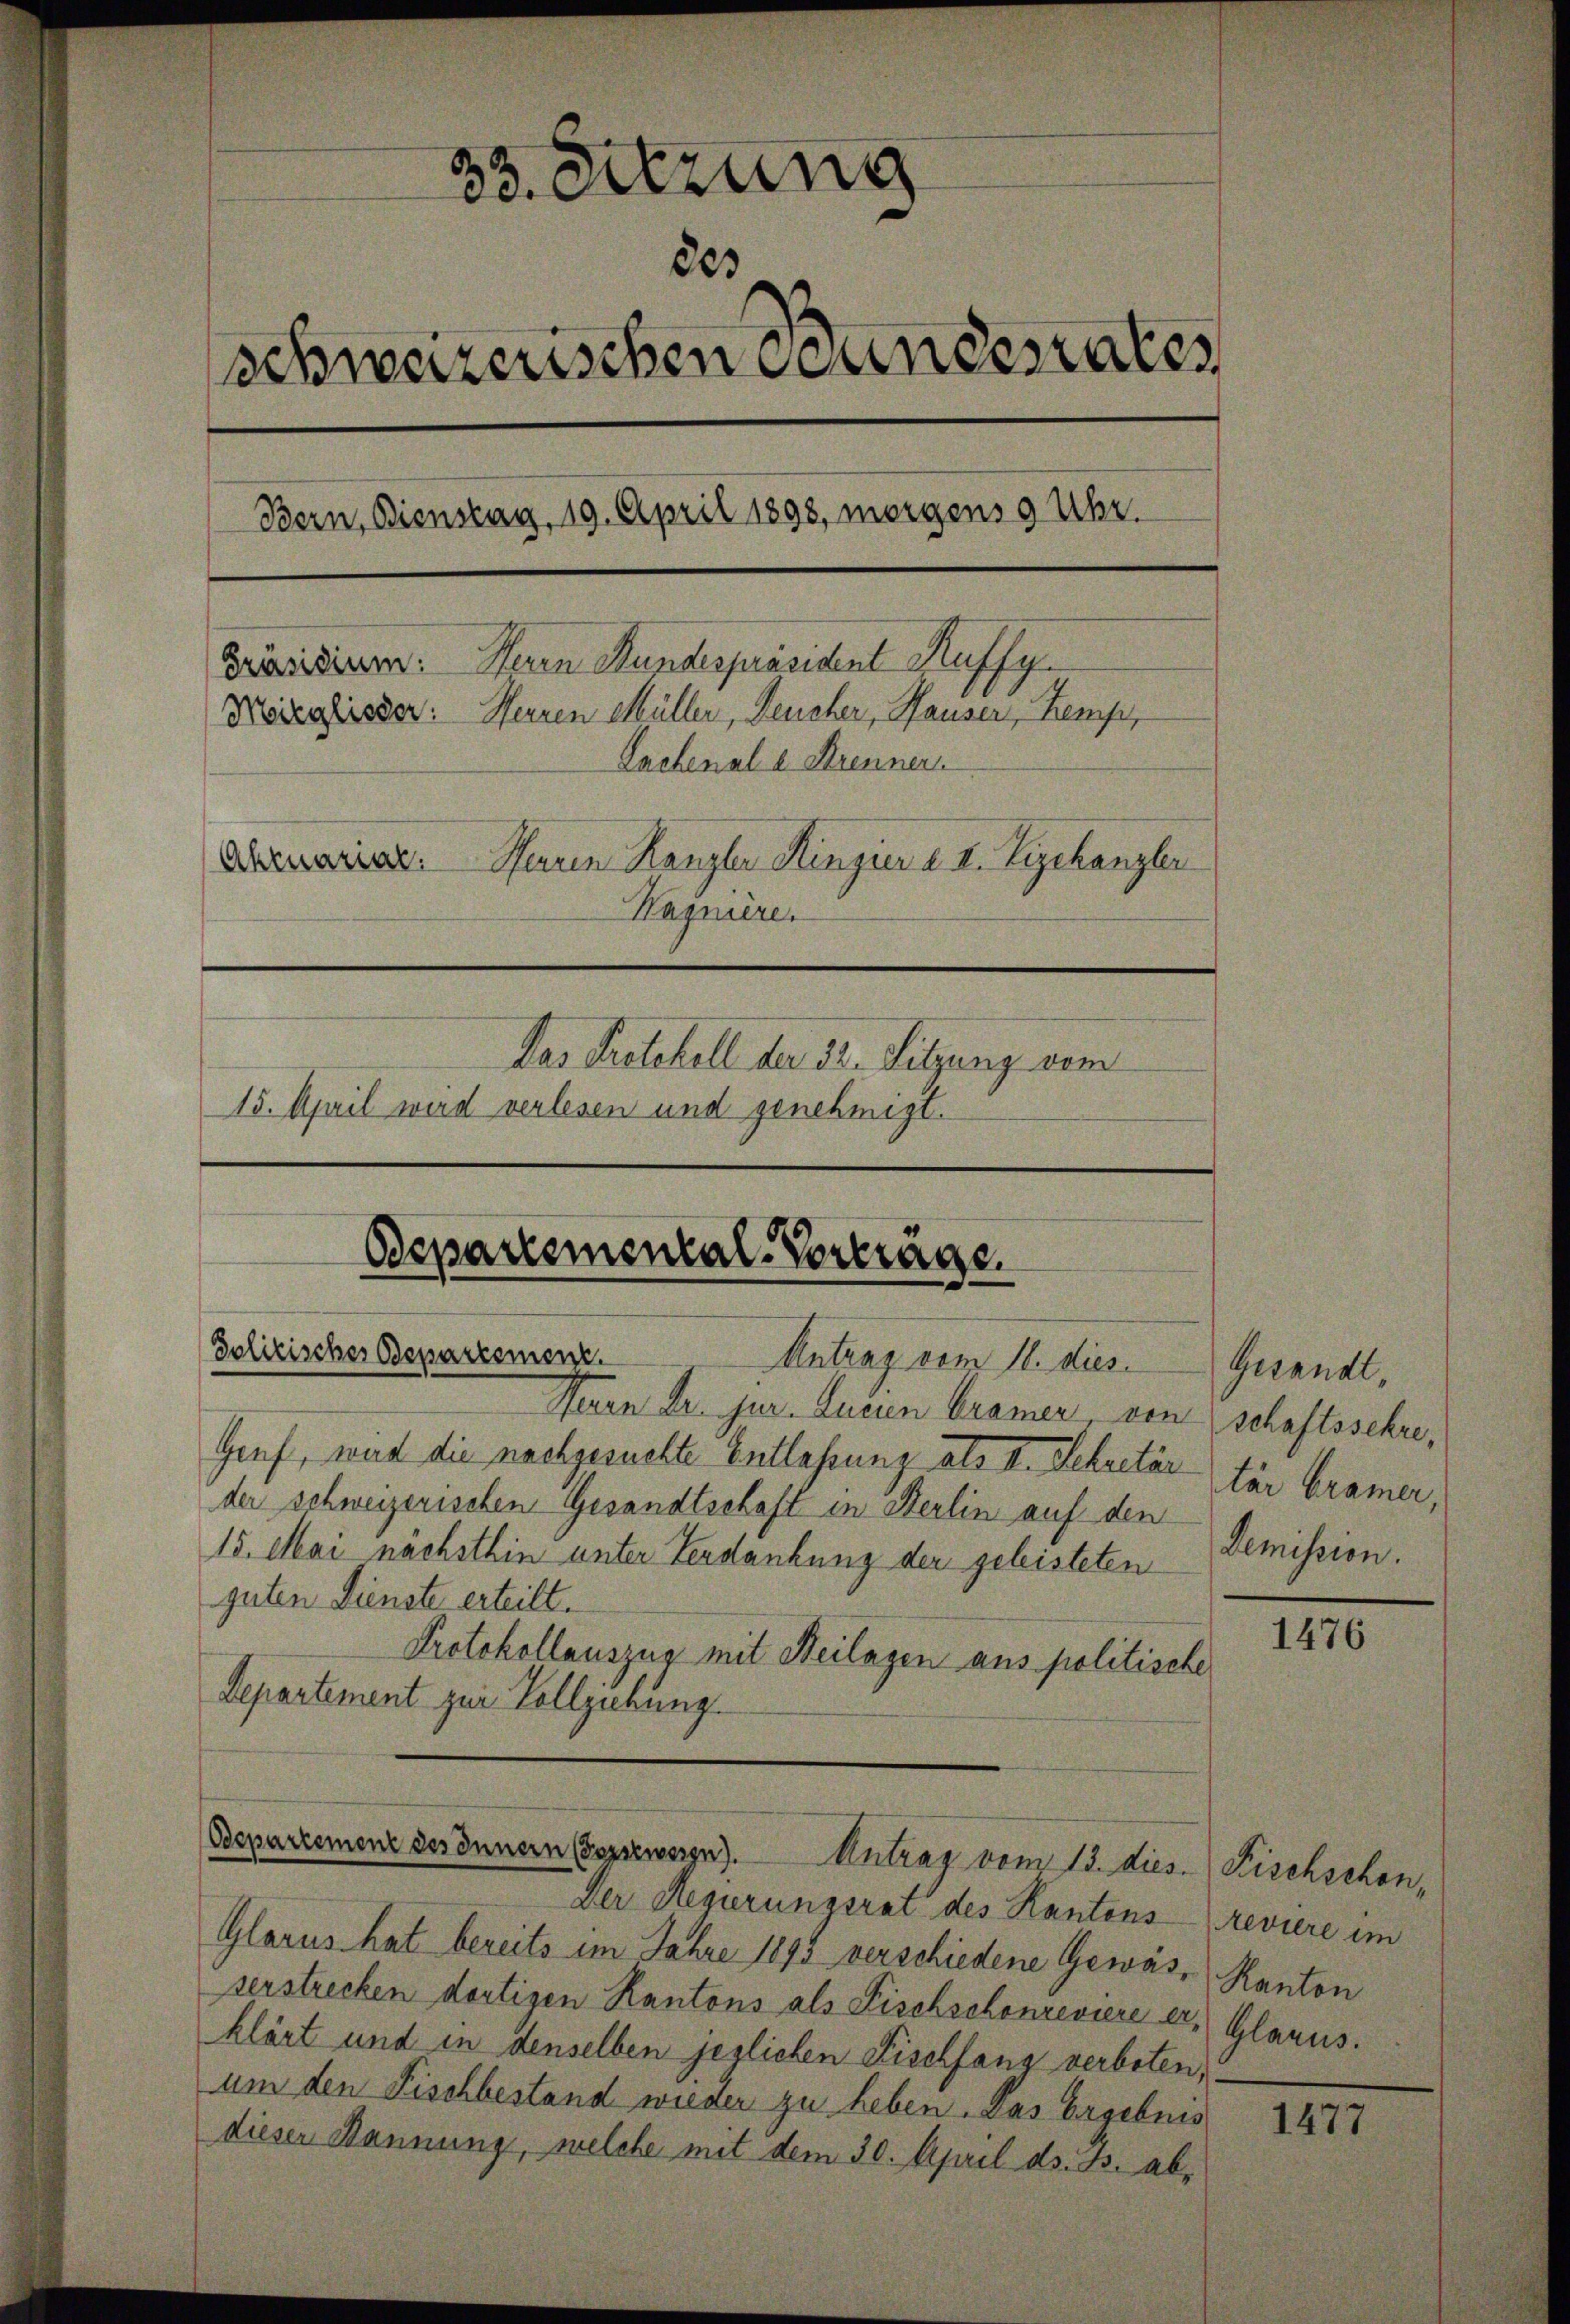
33. Sitzung
80s
schweizerischen Standesrates
Bern, Dienstag, 19. April 1898, morgens 9 Uhr.
Präsidiren: Herrn Stundespräsident Kuffy
Möreglieder: Herren Müller, Deucher, Pauser, Kemp
Lachenale Strenner
Aremariale. Herren Kanzler Hingier a. II. Vizekanzler
Hagniere
Das Protokoll der 32. Sitzung vom
15. April wird verlesen und genehmigt.

Heren Dr. jur. Eueren Cramer von schaftsschre,
Genf, war die nachgesuchte Entlassung als II. Sekretär tär bramer,
der schweizerischen Gesandtschaft in Berlin auf den
15. Mai nächsthin unter Verdankung der geleisteten Demission.
guten Dienste erteilt.
Protokollauszug mit Heilagen aus politische
Departement zur Vollziehung.

Bepartemental-Vorträge.
Politisches Departement.
Antrag vom 11. dies Gesandt,

Glarus hat bereits im Jahre 1895 verschiedene Gewässerstrecken dortigen Kantons als Fischschonzeviere er,
klärt und in denselben jeglichen Fischfang verboten,
um den Fischbestand wieder zu heben. Das Ergebnis
dieser Mannung, welche mit dem 30. April ds. B. ab¬

Departement des Innern Gossension). Antrag vom 13. dies

Der Regierungsrat des Kantons

1476

Fischschon,
Reviere im
Kanton
Glarus.

1477